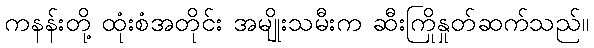
ကနန်းတို့ ထုံးစံအတိုင်း အမျိုးသမီးက ဆီးကြိုနှုတ်ဆက်သည်။